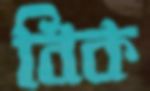
বিক